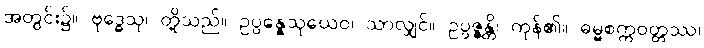
အတွင်း၌။ ဗုဒ္ဓေသု၊ တို့သည်။ ဥပ္ပန္နေသုယေဝ၊ သာလျှင်။ ဥပ္ပဇ္ဇန္တိ၊ ကုန်၏။ ဓမ္မစက္ကဝတ္တဿ၊